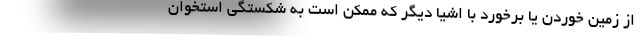
از زمین خوردن یا برخورد با اشیا دیگر که ممکن است به شکستگی استخوان